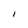
Character: I